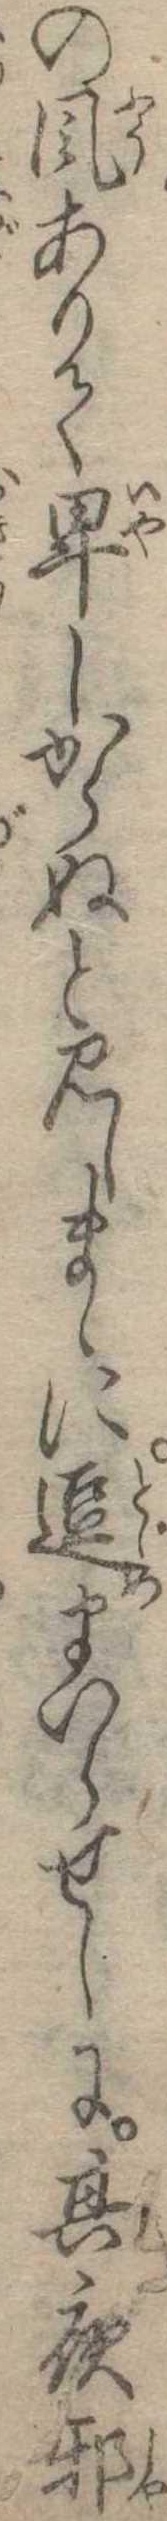
の風ありて卑しからぬと見しまゝに逗まいらせしに其夜邪